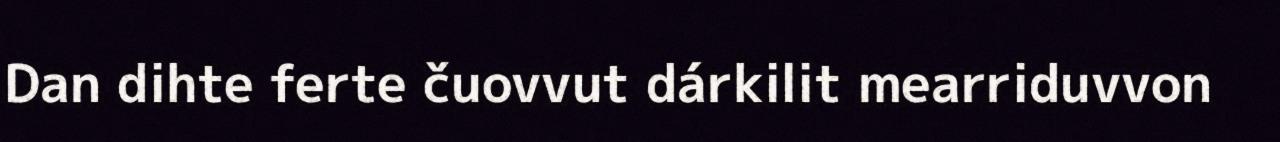
Dan dihte ferte čuovvut dárkilit mearriduvvon